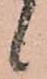
候